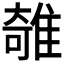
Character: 𨿫